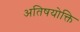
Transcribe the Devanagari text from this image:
अतिषयोक्ति